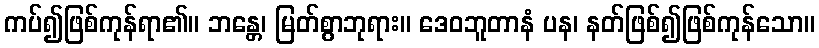
ကပ်၍ဖြစ်ကုန်ရာ၏။ ဘန္တေ၊ မြတ်စွာဘုရား။ ဒေဝဘူတာနံ ပန၊ နတ်ဖြစ်၍ဖြစ်ကုန်သော။